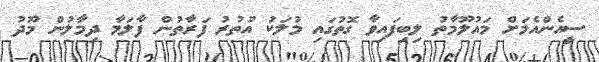
ސީއެންއެމަށް މައުލޫމާތު ލިބިފައިވާ ގޮތުގައި މުލަކު އުތުރު ފަރާތުން ފާލަމާ ދިމާލުން މޫދު